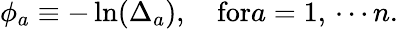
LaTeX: \phi_{a}\equiv-\ln(\Delta_{a}),\quad\mathrm{for}a=1,\, \cdots n.